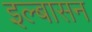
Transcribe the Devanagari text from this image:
इल्बासन